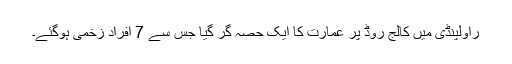
راولپنڈی میں کالج روڈ پر عمارت کا ایک حصہ گر گیا جس سے 7 افراد زخمی ہوگئے۔